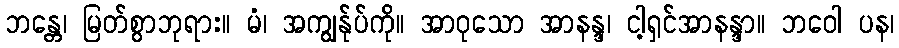
ဘန္တေ၊ မြတ်စွာဘုရား။ မံ၊ အကျွန်ုပ်ကို။ အာဝုသော အာနန္ဒ၊ ငါ့ရှင်အာနန္ဒာ။ ဘဝေါ ပန၊